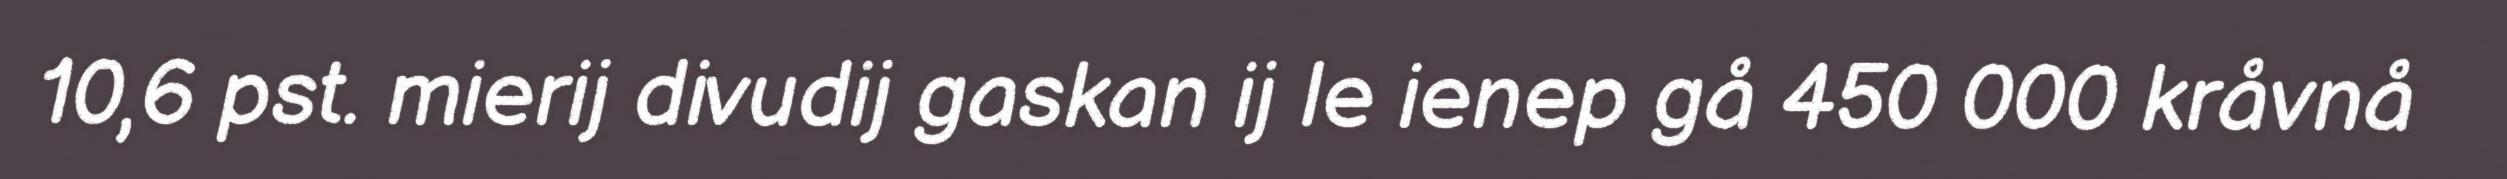
10,6 pst. mierij divudij gaskan ij le ienep gå 450 000 kråvnå